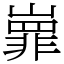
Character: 㠑